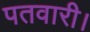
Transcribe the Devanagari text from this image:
पतवारी।